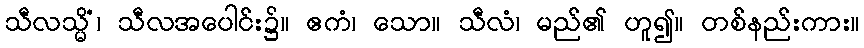
သီလသ္မိံ၊ သီလအပေါင်း၌။ ဧကံ၊ သော။ သီလံ၊ မည်၏ ဟူ၍။ တစ်နည်းကား။